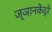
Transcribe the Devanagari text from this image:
ज्ञानकेंद्रे